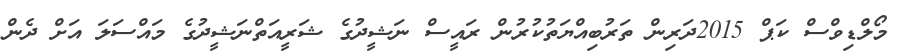
މޯލްޑިވްސް ކަޕް 2015ދަރިން ތަރުބިއްޔަތުކުރުން ރައީސް ނަޝީދުގެ ޝަރީއަތްނަޝީދުގެ މައްސަލަ އަށް ދެން